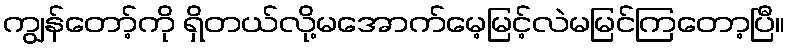
ကျွန်တော့်ကို ရှိတယ်လို့မအောက်မေ့မြင့်လဲမမြင်ကြတော့ပြီ။